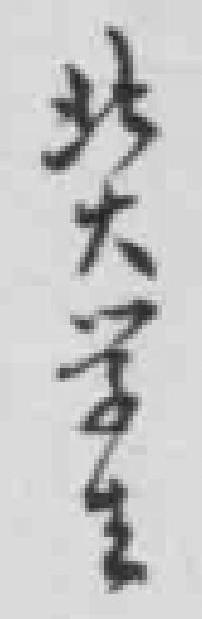
北大学生